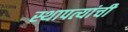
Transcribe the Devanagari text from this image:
स्थापत्यांची